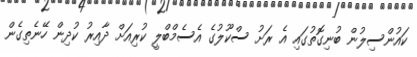
ކައުންސިލުން ބުނިގޮތުގައި އެ ރަށު ސްކޫލުގެ އެސެމްބްލީ ކުރިއަށް ދާއިރު ކުދިން ހޭނެތިގެން